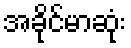
အခိုင်မာဆုံး